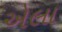
એલા